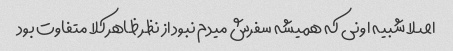
اصلا شبیه اونی که همیشه سفرش میدم نبود از نظر ظاهر کلا متفاوت بود